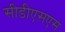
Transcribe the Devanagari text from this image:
सीडीएसएस